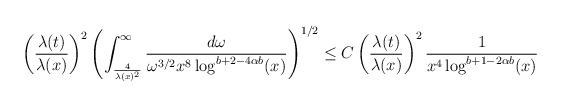
LaTeX: \begin{align*} &\left(\frac{\lambda(t)}{\lambda(x)}\right)^{2} \left(\int_{\frac{4}{\lambda(x)^{2}}}^{\infty} \frac{d\omega}{\omega^{3/2} x^{8} \log^{b+2-4\alpha b}(x)}\right)^{1/2} \leq C \left(\frac {\lambda(t)}{\lambda(x)}\right)^{2} \frac{1}{x^{4} \log^{b+1-2\alpha b}(x)}\end{align*}